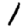
Digit: 1